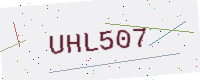
Text: UHL507